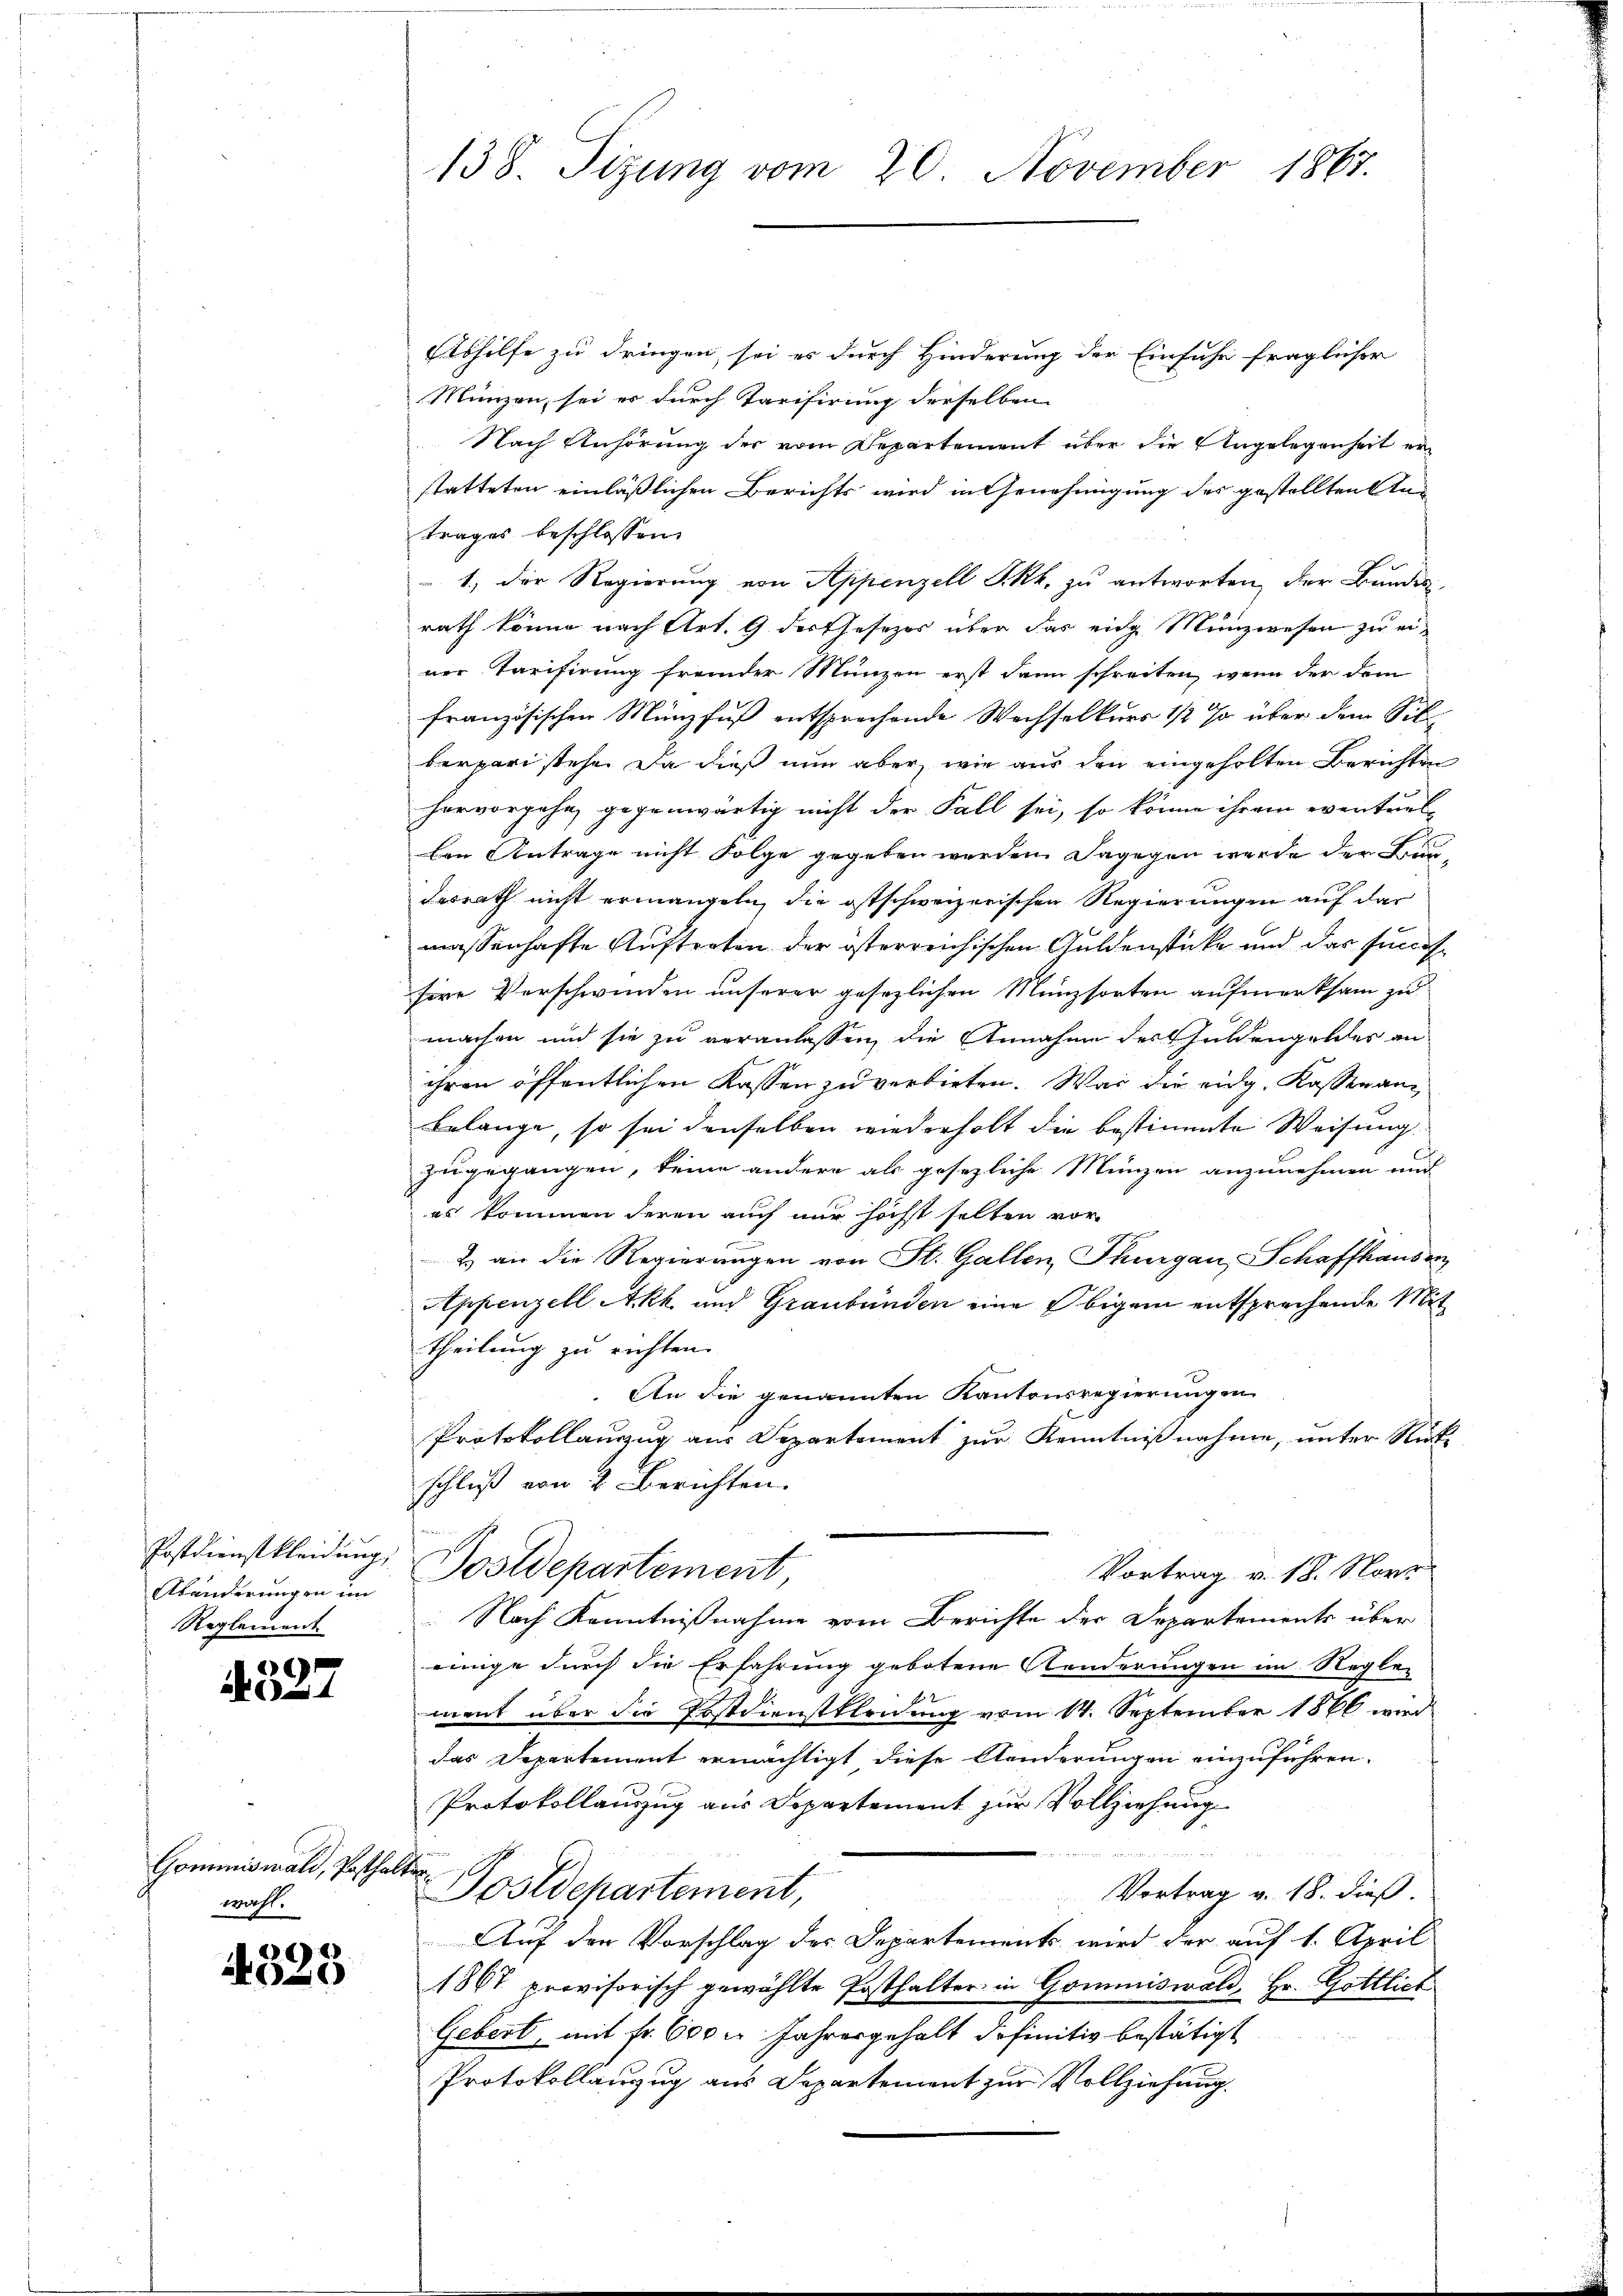
Postdienstkleidung,
Abänderungen im
Reglement

2)
A

Commiswald, Posthalterwahl.

4325

138. Sizung vom 20. November 1867.

Abhilfe zu dringen, sei es durch Hinderung der Einfuhr fraglicher
Münzen, sei er durch Tarifirung derselben
Nach Anhörung der vom Departement über die Angelegenheit erstatteten einläßlichen Berichts wird in Genehmigung des gestellten Antrages beschlossen:
1., der Regierŭng von Appenzell S. kk. zŭ antworten, der Bundesrath könne nach Art. 9 der Gesezes über das eng Münzwesen zu einer Tarifirung fremder Münzen erst dann schreiten, wenn der dem
französischen Münzfuß entsprechende Wechselkurs 1/2 % über dem Silbergari stehe. Da dieß nun aber, wie aus den eingeholten Berichten
hervorgehe, gegenwärtig nicht der Fall sei, so könne ihrem eventuel-
Den Antrage nicht Folge gegeben werden. Dagegen werde der Bun-
desrath nicht ermangeln, die ostschweizerischen Regierungen auf dar
massenhafte Auftreten der österreichischen Guldenstücke und das funchsere Vorschwinden unserer gesezlichen Münzsorten aufmerksam zu
machen und sie zu veranlassen, die Annahme des Guldengeldes an
ihren öffentlichen Kassen zu verbieten. War die eidg. Kassen anbelange, so sei denselben wiederholt die bestimmte Weisung
zugegangen, keine andere als gesezliche Münzen anzunehmen mu
es kommen deren auch nur höchst selten vor
2) an die Regierungen von St. Gallen Thurgau, Schaffhausen,
Appenzell Akk und Graubünden eine Obigem entsprechende Mittheilung zu richten.
An die genannten Kantonsregierungen
Protokollauszug aus Departement zur Kenntnißnahme, unter Rückschluß von 2 Berichten.
Sostdepartement,
Vortrag v. 18. Norr
Nach Kenntnißnahme vom Berichte der Departements über
einige durch die Erfahrung gebotene Aenderungen im Regler
ment über die Erstdienstkleidung vom 14. September 1866 wird
das Departement ermächtigt diese Aenderungen einzuführen.
Protokollauszug aus Departement zur Vollziehung

Postdepartement,
Vortrag v. 18. dieß.
Auf den Vorschlag des Departements wird der auf 1. April
1867 provisorisch gewählte Posthalter in Gommiswald, Hr. Gottlich
Gebert, mit Fr. 600 u. Jahresgehalt definitiv bestätigt
Protokollanzug aus Departement zur Vollziehung.